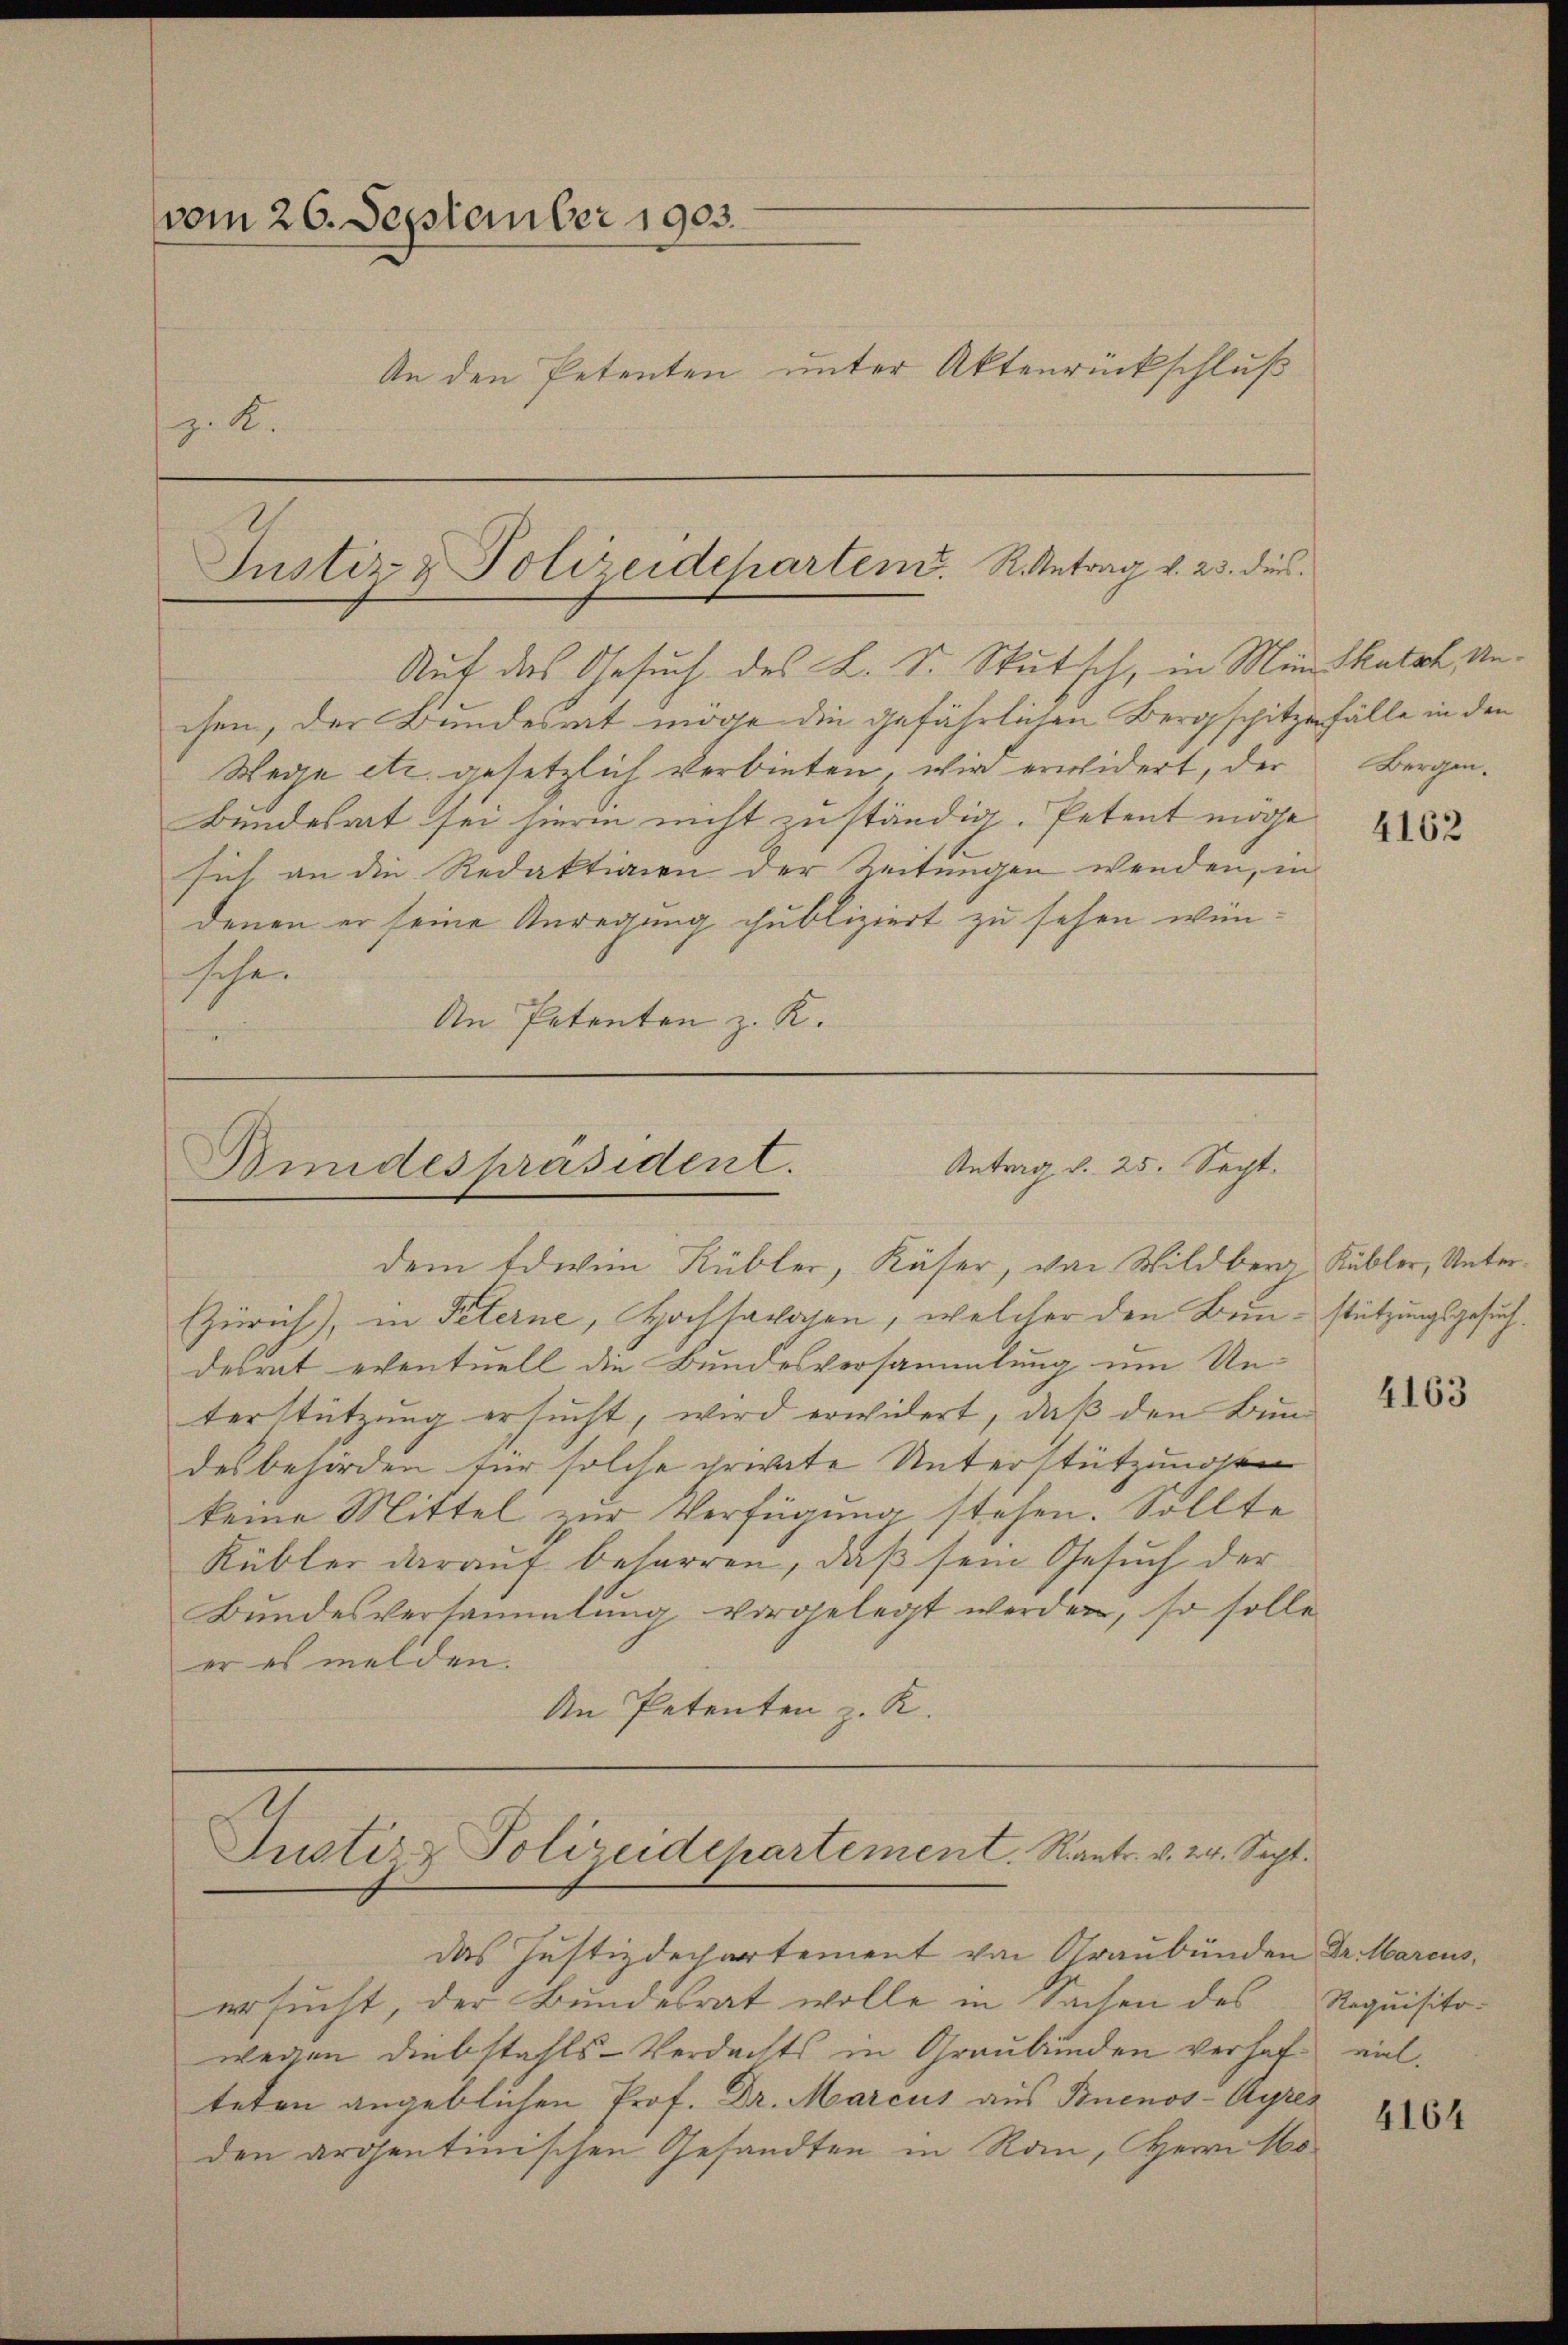
vom 26. September 1903.
An den Petenten unter Aktenrückschluß
z. K.

Zürich), in Peterne, Hochsawagen, welcher den Bau-stützungsgesuchdesrat eventuell die Bundesversammlung um Unterstützung ersucht, wird erwidert, daß den Bund
desbehörden für solche private Unterstützungen
keine Mittel zur Verfügung stehen. Sollte
Kübler darauf beharren, daß sein Gesuch der
Bundesversammlung vorgelegt werden, so solle
er es melden.
An Petenten z. K.

Justiz- & Polizeidchartend. R. Antrag v. 23. dur
Auf das Gesuch des L. S. Stutsch, in Man katak Un¬

Bundespräsident. Antrag d. 25. Sept.
dem Edwin Kübler, Käser, von Wildberg, Kübler, Unter¬

chen, der Bundesrat möge die gefährlichen Bergschitze fälle in den
Wege etc. gesetzlich verbieten, wird erwidert, der Bergen¬
Bundesrat sei hierin nicht zuständig. Petent möge
sich an die Redaktion der Zeitungen wenden, in
denen er seine Anregung publiziert zu sehen wünschen
An Petenten z. K.

Justiz & Polizeidepartement. Kant. v. 24. Sept.
das Justizdechartement von Graubünden Dr. Marcus,

ersucht, der Bundesrat wolle in Sachen des
wegen Diebstahls-Verdachts in Graubünden verhof vielteten angeblichen Prof. Dr. Marcus aus Buenos-Ayres
den argentinischen Gesandten in Rau, Herrn No

4162

4163

Requisito.

4164